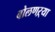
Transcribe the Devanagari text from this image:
बोलणऱ्या